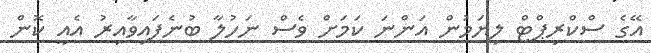
އޭގެ ސްކްރިޕްޓް ލިޔަމުން އަންނަ ކަމަށް ވެސް ނަހުލާ ބުނެފައިވާއިރު އެއީ ކޮން